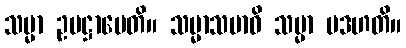
သမ္မာ ဥပဋ္ဌာပေတိ။ သမ္မာသမာဓိ သမ္မာ ပဒဟတိ။